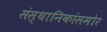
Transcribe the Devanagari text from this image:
संस्थानिकांसमोर